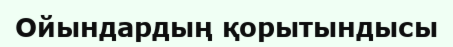
Ойындардың қорытындысы